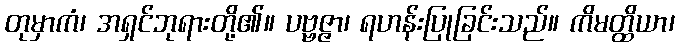
တုမှာကံ၊ အရှင်ဘုရားတို့၏။ ပဗ္ဗဇ္ဇာ၊ ရဟန်းပြုခြင်းသည်။ ကိမတ္ထိယာ၊